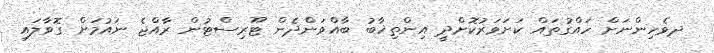
ދވެހިންނަށް ހައްގުތައް ކަށަވަރުކޮށްދީ އިންތިޚާބު ބާއްވަންދެން ޓޫރިސްޓުން ރާއްޖެ ނައުމަށް ގޮވާލައި